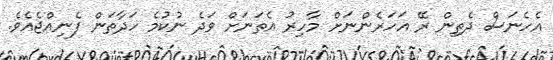
އެހެނަސް ދެތިން ރޭ އަހަރެންނަށް މާހިރު އެތަނަށް ވަދެ ނުކުމެ ހަދާތަން ފެނިއްޖެއެވެ.